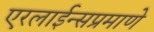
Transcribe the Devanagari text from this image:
एरलाईन्सप्रमाणे